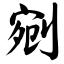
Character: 剜